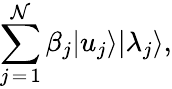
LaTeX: \sum_{j\mathop{=}1}^{\mathcal{N}}\beta_{j}|u_{j}\rangle|\lambda_{j}\rangle,